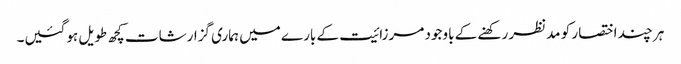
ہر چند اختصار کو مدنظر رکھنے کے باوجود مرزائیت کے بارے میں ہماری گزارشات کچھ طویل ہوگئیں۔